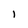
Character: 1